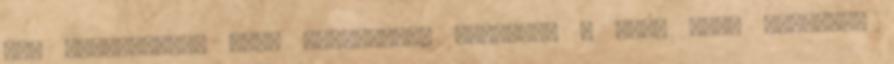
sem produkálni. Volt amelyiknél segített a ATB0 null parancs,